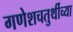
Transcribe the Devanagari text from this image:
गणेशचतुर्थीच्या